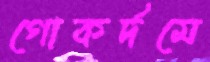
গোকর্দমে